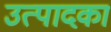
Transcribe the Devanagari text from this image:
उत्पादका